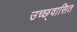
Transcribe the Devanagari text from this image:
उच्छ्वासित